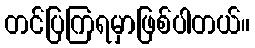
တင်ပြကြရမှာဖြစ်ပါတယ်။